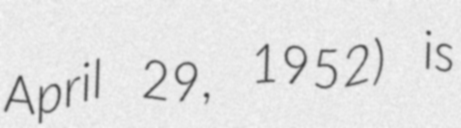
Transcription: April 29, 1952) is